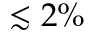
\lesssim 2 \%